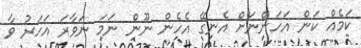
ކަމެއް ކަން އަހަންނަށް އެނގޭ އެހެން ނޫން ނަމަ ނަވާރަ އަހަރު ވާ